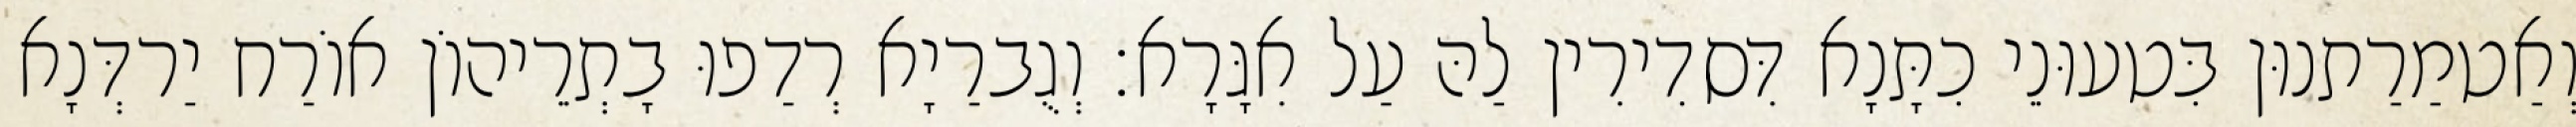
וְאַטמַרַתנוּן בִּטעוּנֵי כִתָּנָא דִּסדִירִין לַהּ עַל אִגָּרָא׃ וְגֻברַיָא רְדַפוּ בָתְרֵיהוֹן אוֹרַח יַרדְּנָא